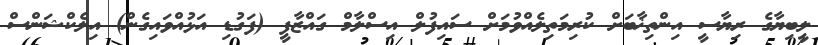
ލީބިޔާގެ ރިޔާސީ އިންތިޚާބަށް ކުރިމަތިލެއްވުމަށް ސައިފުލް އިސްލާމް ގައްޒާފީ (ފަގުޑި އަޅުއްވައިގެެން) އިލެކްޝަންސް